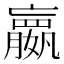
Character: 𫲓